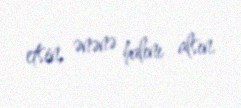
etsin, ənənə halını alsın.